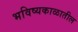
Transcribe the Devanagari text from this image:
भविष्यकाळातील